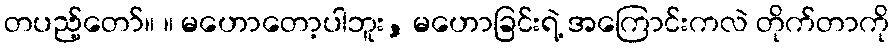
တပည့်တော်။ ။ မဟောတော့ပါဘူး, မဟောခြင်းရဲ့ အကြောင်းကလဲ တိုက်တာကို